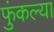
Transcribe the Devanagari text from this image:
फुंकल्या